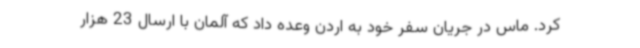
کرد. ماس در جریان سفر خود به اردن وعده داد که آلمان با ارسال 23 هزار